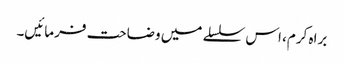
براہ کرم، اس سلسلے میں وضاحت فرمائیں۔